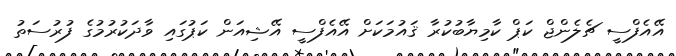
އޭއެފްސީ ޗެލެންޖް ކަޕް ކާމިޔާބުކުރާ ޤައުމަކަށް އޭއެފްސީ އޭޝިއަން ކަޕުގައި ވާދަކުރުމުގެ ފުރުސަތު